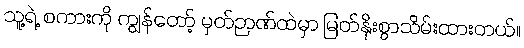
သူ့ရဲ့ စကားကို ကျွန်တော့် မှတ်ဉာဏ်ထဲမှာ မြတ်နိုးစွာသိမ်းထားတယ်။